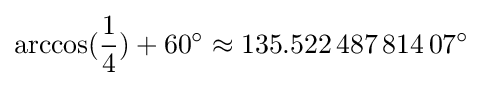
\arccos({\frac {1}{4}})+60^{\circ }\approx 135.522\,487\,814\,07^{\circ }